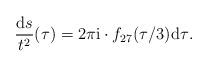
LaTeX: \begin{gather*}\frac{{\rm d}s}{t^2}(\tau)=2\pi {\rm i} \cdot f_{27}(\tau/3){{\rm d}\tau}.\end{gather*}